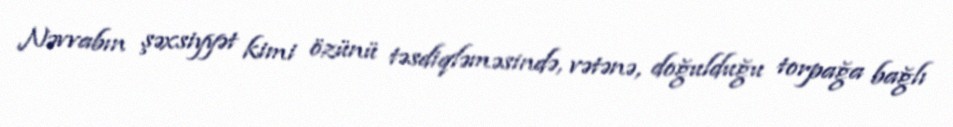
Nəvvabın şəxsiyyət kimi özünü təsdiqləməsində, vətənə, doğulduğu torpağa bağlı